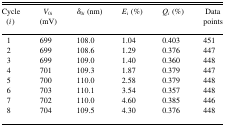
<table><thead><tr><td><b>Cycle(<i>i</i>)</b></td><td><b><i>V</i><sub>0</sub><i><sub>i</sub></i>(mV)</b></td><td><b><i>δ</i><sub>0</sub><i><sub>i</sub></i> (nm)</b></td><td><b><i>E<sub>i</sub></i> (%)</b></td><td><b><i>Q<sub>i</sub></i> (%)</b></td><td><b>Data points</b></td></tr></thead><tbody><tr><td>1</td><td>699</td><td>108.0</td><td>1.04</td><td>0.403</td><td>451</td></tr><tr><td>2</td><td>699</td><td>108.6</td><td>1.29</td><td>0.376</td><td>447</td></tr><tr><td>3</td><td>699</td><td>109.0</td><td>1.40</td><td>0.360</td><td>448</td></tr><tr><td>4</td><td>701</td><td>109.3</td><td>1.87</td><td>0.379</td><td>447</td></tr><tr><td>5</td><td>700</td><td>110.0</td><td>2.58</td><td>0.379</td><td>448</td></tr><tr><td>6</td><td>703</td><td>110.1</td><td>3.54</td><td>0.357</td><td>448</td></tr><tr><td>7</td><td>702</td><td>110.0</td><td>4.60</td><td>0.385</td><td>446</td></tr><tr><td>8</td><td>704</td><td>109.5</td><td>4.30</td><td>0.376</td><td>448</td></tr></tbody></table>